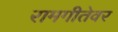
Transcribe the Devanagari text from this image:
रामगीतेवर